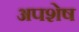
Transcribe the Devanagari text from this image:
अपशेष